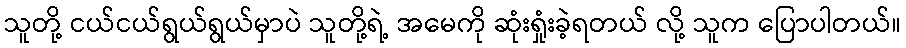
သူတို့ ငယ်ငယ်ရွယ်ရွယ်မှာပဲ သူတို့ရဲ့ အမေကို ဆုံးရှုံးခဲ့ရတယ် လို့ သူက ပြောပါတယ်။